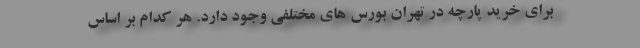
برای خرید پارچه در تهران بورس های مختلفی وجود دارد. هر کدام بر اساس